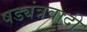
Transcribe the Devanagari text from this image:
षड्यंत्रवादी